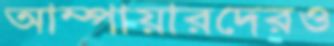
আম্পায়ারদেরও